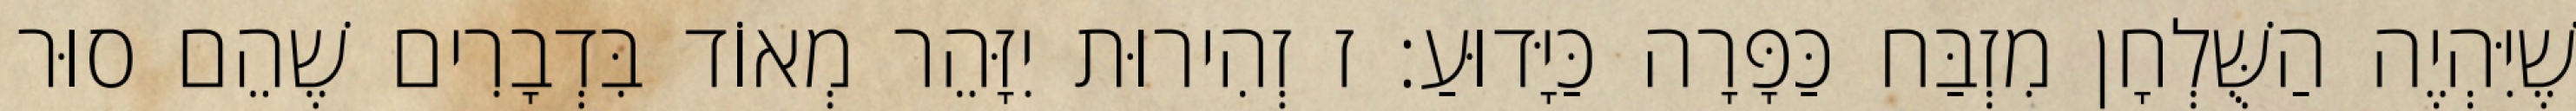
שֶׁיִּהְיֶה הַשֻּׁלְחָן מִזְבַּח כַּפָּרָה כַּיָּדוּעַ: ז זְהִירוּת יִזָּהֵר מְאוֹד בִּדְבָרִים שֶׁהֵם סוּר